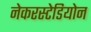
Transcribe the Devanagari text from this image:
नेकरस्टेडियोन